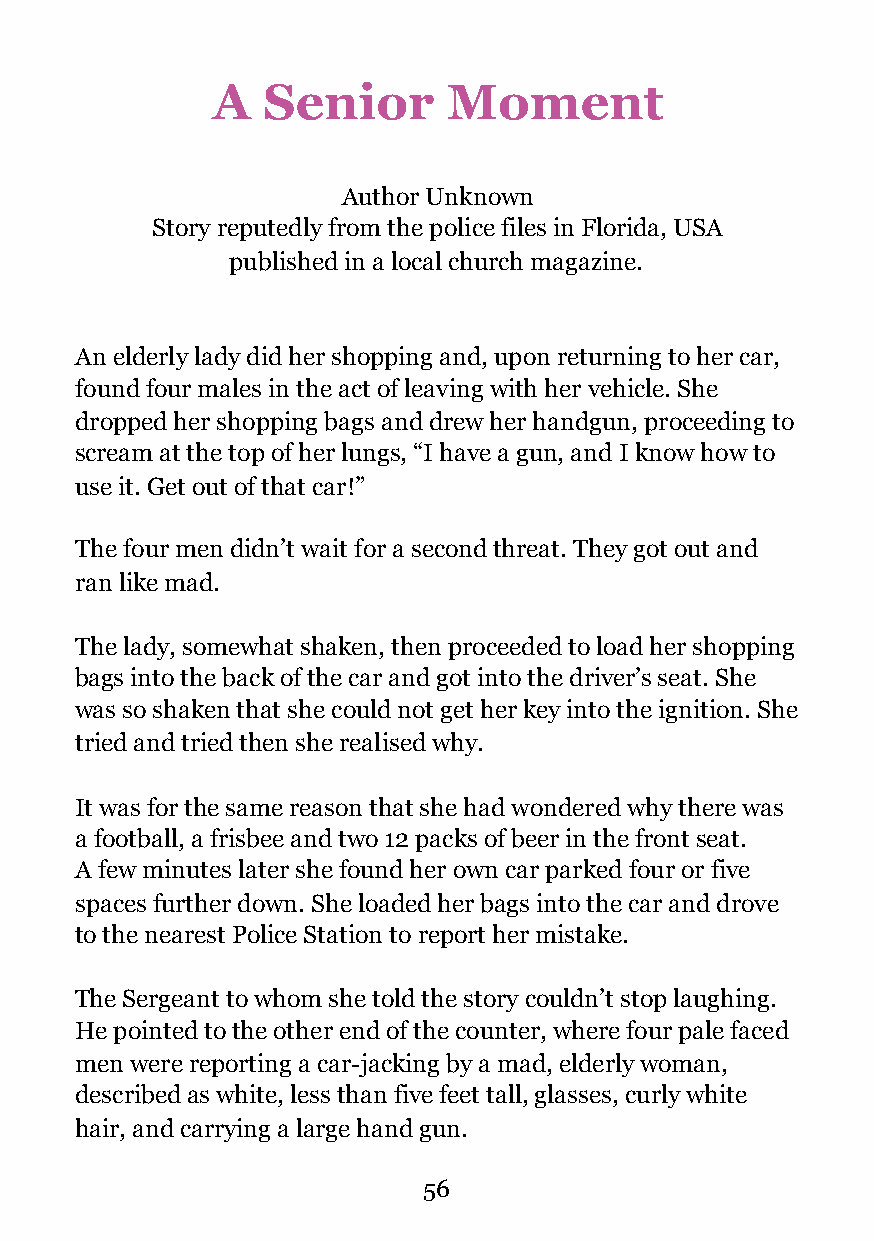
A  Senior       Moment
 Author Unknown
 Story reputedly from the police files in Florida, USA
 published in a local church magazine.
 An elderly lady did her shopping and, upon returning to her car,
 found four males in the act of leaving with her vehicle. She
 dropped her shopping bags and drew her handgun, proceeding to
 scream at the top of her lungs, “I have a gun, and I know how to
 use it. Get out of that car!”
 The four men didn’t wait for a second threat. They got out and
 ran like mad.
 The lady, somewhat shaken, then proceeded to load her shopping
 bags into the back of the car and got into the driver’s seat. She
 was so shaken that she could not get her key into the ignition. She
 tried and tried then she realised why.
 It was for the same reason that she had wondered why there was
 a football, a frisbee and two 12 packs of beer in the front seat.
 A few minutes later she found her own car parked four or five
 spaces further down. She loaded her bags into the car and drove
 to the nearest Police Station to report her mistake.
 The Sergeant to whom she told the story couldn’t stop laughing.
 He pointed to the other end of the counter, where four pale faced
 men were reporting a car-jacking by a mad, elderly woman,
 described as white, less than five feet tall, glasses, curly white
 hair, and carrying a large hand gun.
 !56